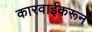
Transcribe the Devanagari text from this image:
कारवाईकरून